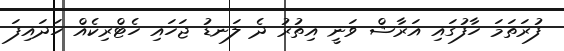
ފުރަތަމަ ހާފުގައި އަރާޝް ވަނީ އިތުރު ދެ ލަނޑު ޖަހައި ހެޓްރިކެއް ހަދައިފަ